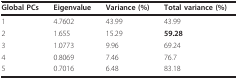
<table><thead><tr><td><b>Global PCs</b></td><td><b>Eigenvalue</b></td><td><b>Variance (%)</b></td><td><b>Total variance (%)</b></td></tr></thead><tbody><tr><td>1</td><td>4.7602</td><td>43.99</td><td>43.99</td></tr><tr><td>2</td><td>1.655</td><td>15.29</td><td><b>59.28</b></td></tr><tr><td>3</td><td>1.0773</td><td>9.96</td><td>69.24</td></tr><tr><td>4</td><td>0.8069</td><td>7.46</td><td>76.7</td></tr><tr><td>5</td><td>0.7016</td><td>6.48</td><td>83.18</td></tr></tbody></table>